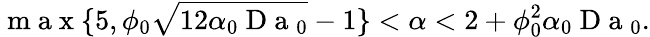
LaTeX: \mathrm{~m~a~x~}\{ 5,\phi_{0}\sqrt{12\alpha_{0}\mathrm{~D~a~}_{0}}-1\} <\alpha<2+\phi_{0}^{2}\alpha_{0}\mathrm{~D~a~}_{0}.